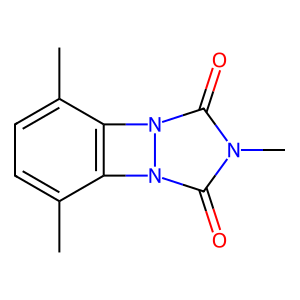
SMILES: Cc1ccc(C)c2c1n1c(=O)n(C)c(=O)n21
Inhibits HIV replication: No